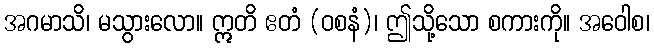
အဂမာသိ၊ မသွားလော။ ဣတိ ဧတံ (ဝစနံ)၊ ဤသို့သော စကားကို။ အဝေါစ၊